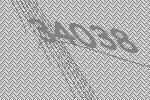
34038